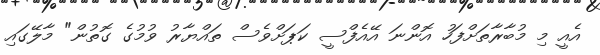
އެއީ މި މުބާރާތަށްފަހު އޮންނަ އޭއެފްސީ ކަޕަށްވެސް ތައްޔާރު ވުމުގެ ގޮތުން" މާލޭގައި